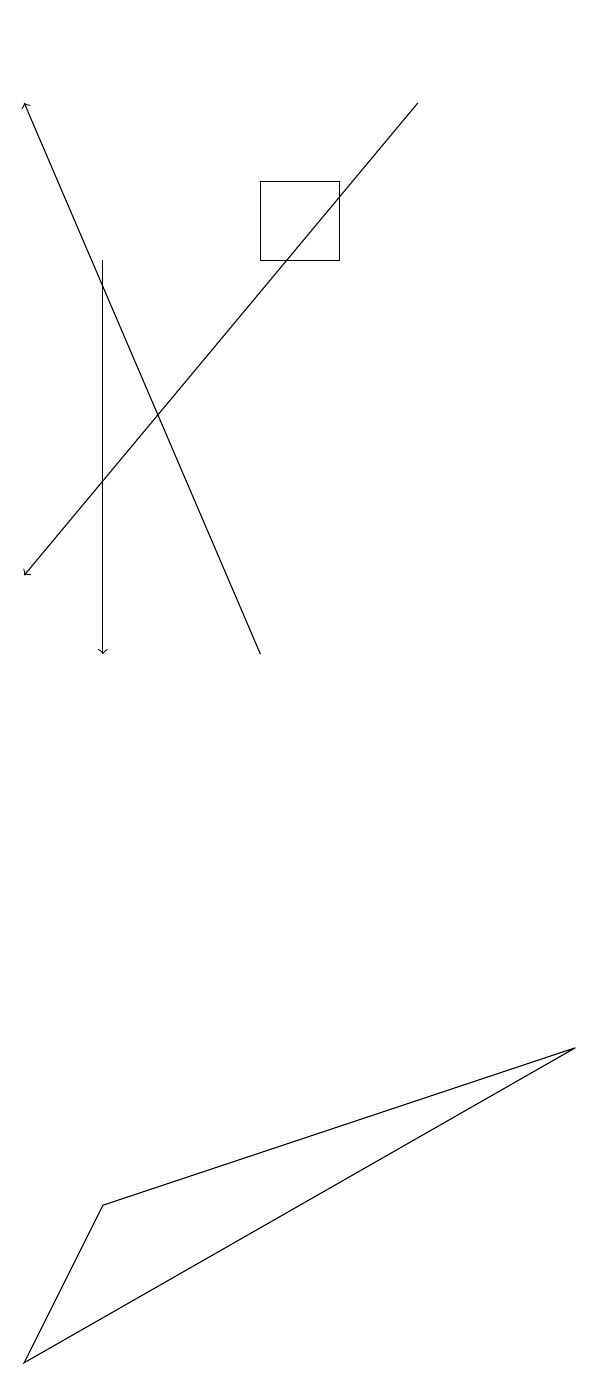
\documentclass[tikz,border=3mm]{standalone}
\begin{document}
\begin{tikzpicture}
\draw[->] (4,10) -- (1,17);
\draw[->] (2,15) -- (2,10);
\draw[->] (6,17) -- (1,11);
\draw (4,15) rectangle (5,16);
\draw (2,3) -- (8,5) -- (1,1) -- cycle;
\draw (5,18) rectangle (5,18);
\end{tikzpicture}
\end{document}